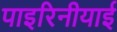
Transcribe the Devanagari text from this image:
पाइरिनीयाई